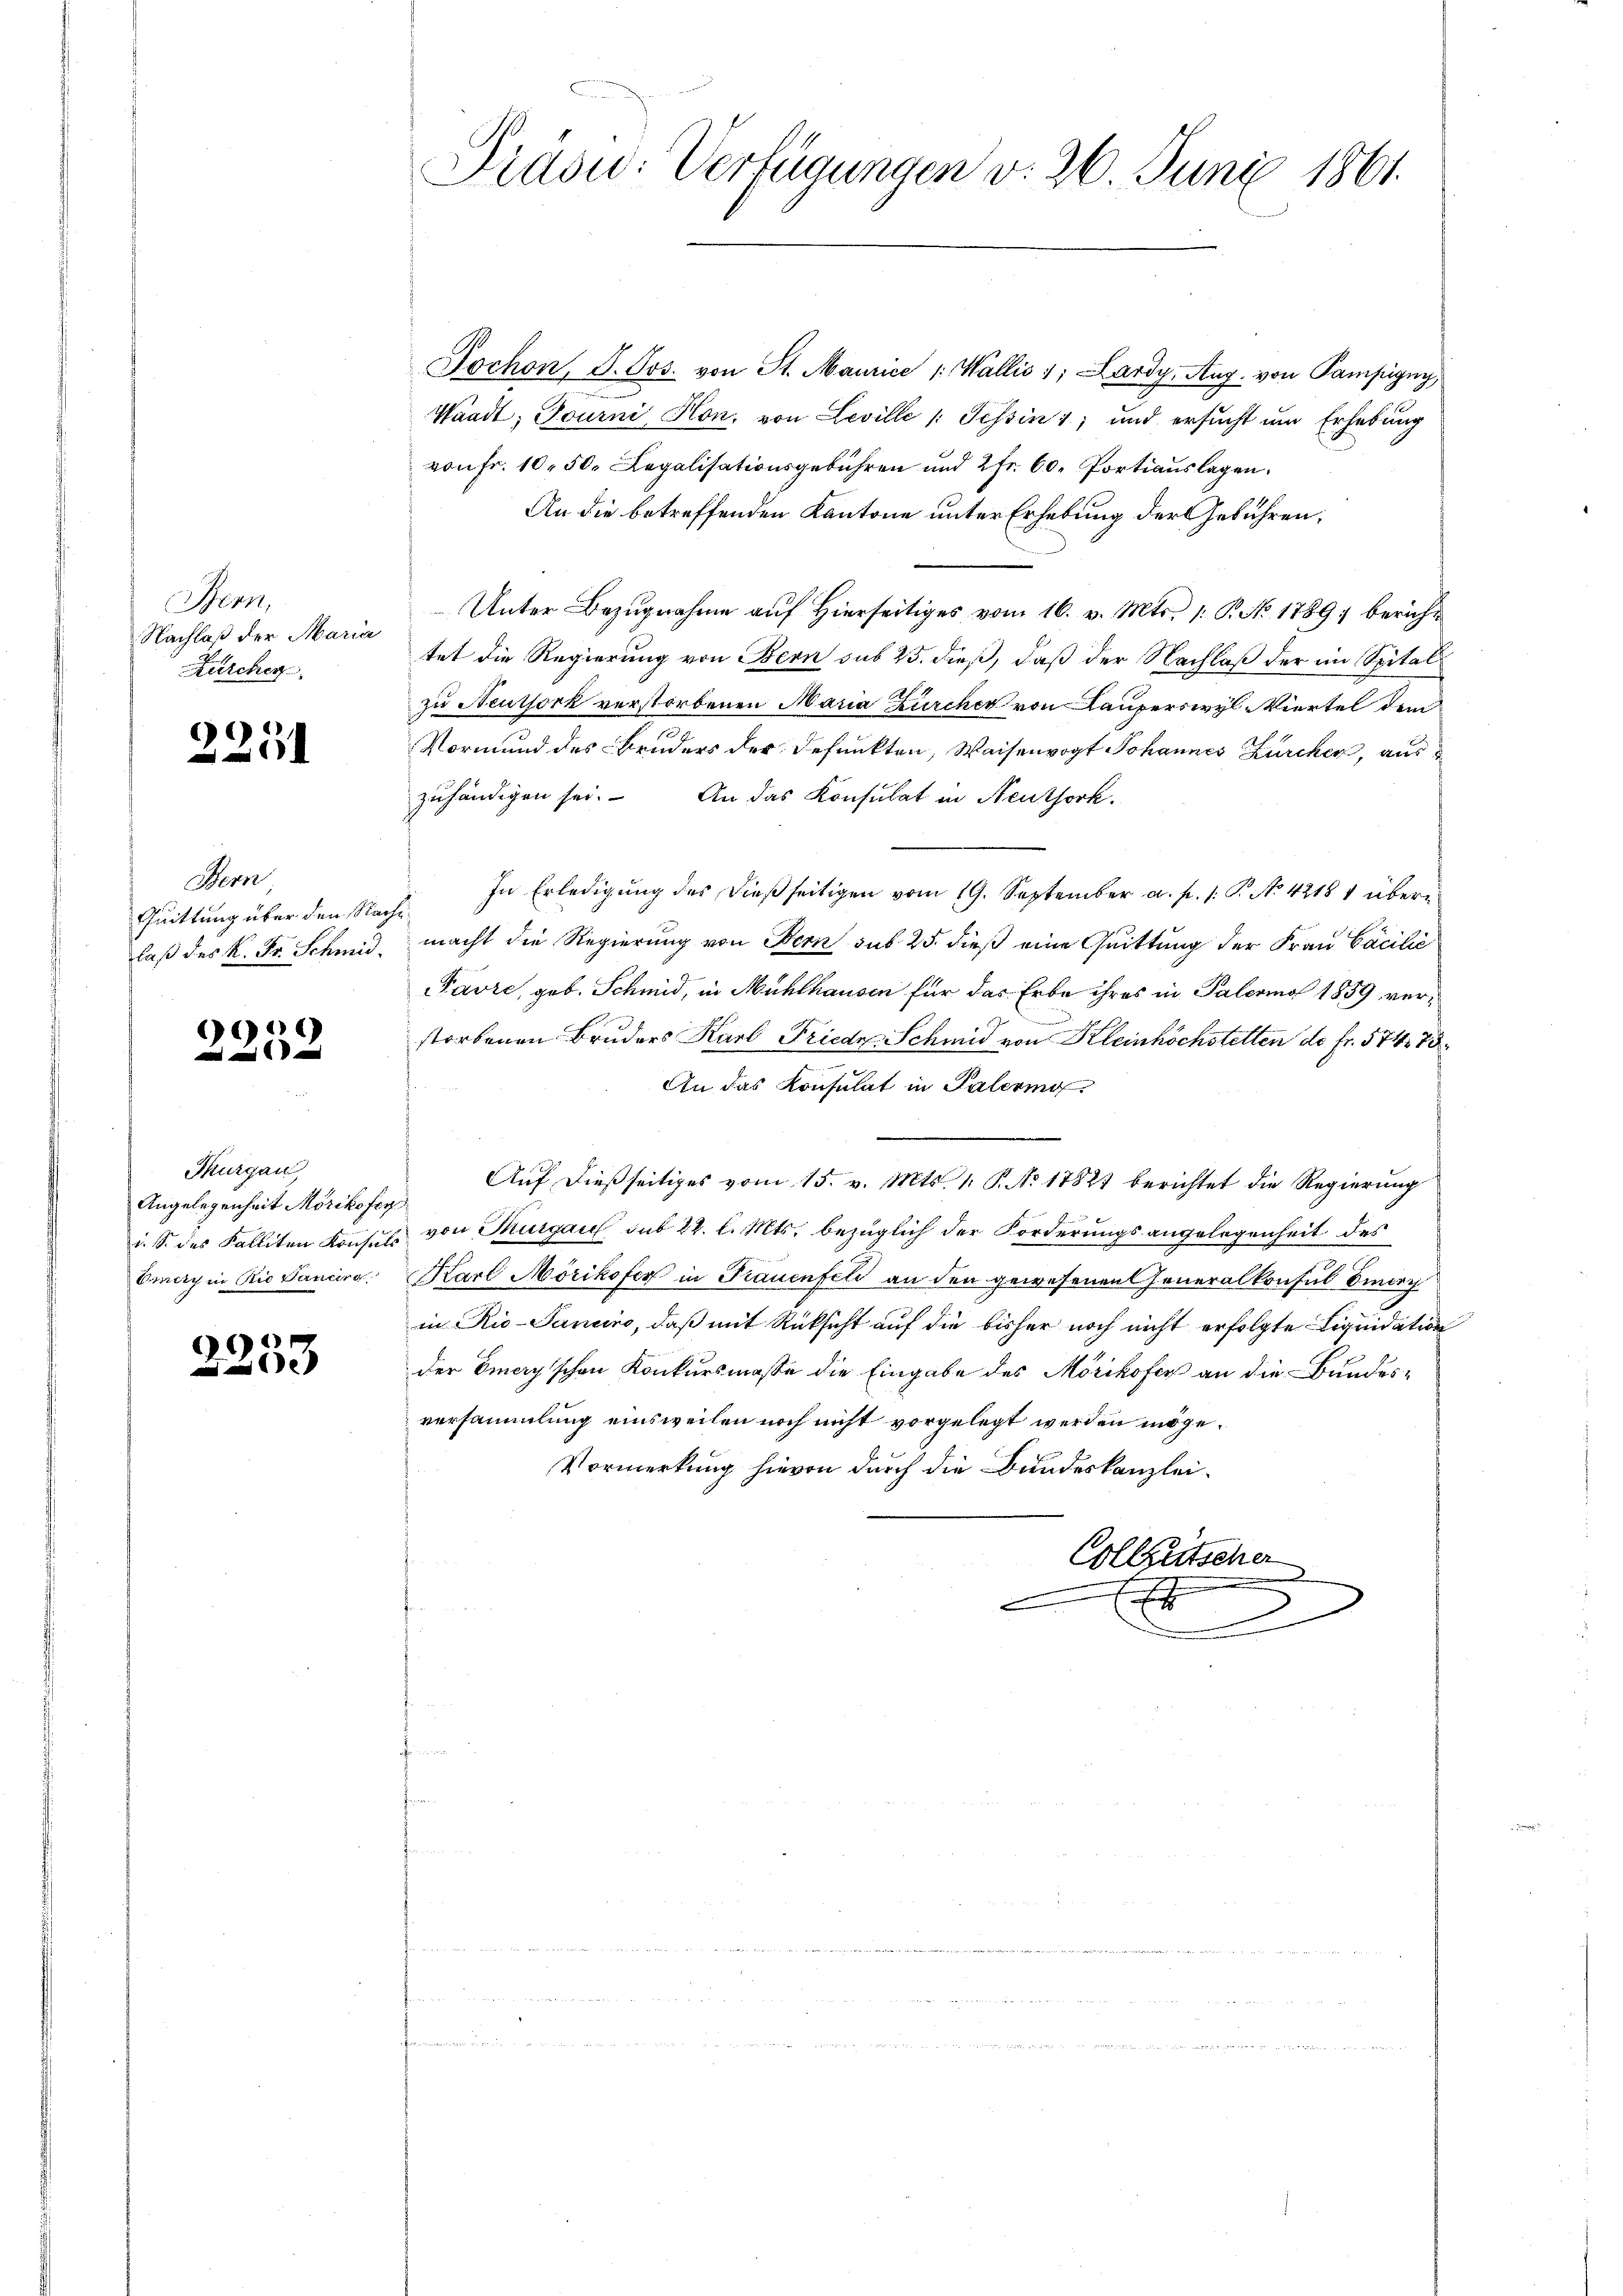
Bern,
Nachlaß der Maria
Zürcher

9)
x

Bern
Quittung über den Sache

6

Thurgau,
Angelegenheit Mörikofer

9
e

Jochon, S. Jos. von St. Maurice " Wallis 1; Lardy, Aug. von Pampigny,
Waadt, Tourni Hon. von Leville |: Tessin 1; und ersucht um Erhebung
von Fr. 10. 50. Legalisationsgebühren und 2 Fr. 60. Portiauslagen.
An die betreffenden Kantone unter Erhebung der Gebühren,
Unter Bezugnahme auf Hierseitiges vom 16. v. Mts. 1. P. No. 1789 berühr
tet die Regierung von Bern sub 25. dieß, daß der Nachlaß der im Spital
zu Neuthork verstorbenen Maria Kircher von Lauperswyl Viertel dem
Vormund des Bruders der defunkten, Waisenvogt Johannes Zürcher, aus
zuhändigen sei. An das Konsulat in Neuthork
In Erledigung des dießseitigen vom 19. September a. p. 1. P. No 42184 übere
laß des K. Fr. Schmid, macht die Regierung von Bern sub 25. dieß eine Quittung der Frau Cacilie
Favre, geb. Schmid, in Mühlhausen für das Erbe ihres in Palermo 1859 verstorbenen Bruders Karl Friede Schmid von Kleinhöchstellen de fr. 574. 73
An das Konsulat in Palering
Auf dießseitiges vom 15. v. Mts. 1. P. No 17827 berichtet die Regierung
i. S. des Falliten Konsuls von Thurgau sub 22. l. Mts. bezüglich der Forderungsangelegenheit des
Omary in Rio Sancirg, Karl Mörikofer in Frauenfeld an den gewesenen Generalkonsul Simorg
in Rio-Panciro, daß mit Rücksicht auf die bisher noch nicht erfolgte Liquidation
der Emery'schen Konkursmasse die Eingabe des Mörikofer an die Bundes-
versammlung einsweilen noch nicht vorgelegt werden möge.
Vormerkung hievon durch die Bundeskanzlei¬
Collgutscher

Präsu: Verfügungen v. 26. Juni 1861.

1
d